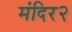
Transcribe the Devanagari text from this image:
मंदिर२